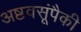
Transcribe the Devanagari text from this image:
अष्टवसूंपैकी